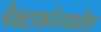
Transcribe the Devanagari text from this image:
पेक्टाकॉनमधील